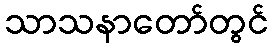
သာသနာတော်တွင်